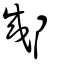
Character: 郕